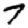
Digit: 7